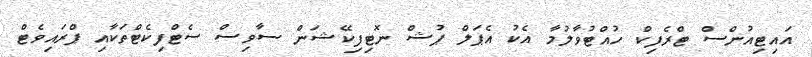
އައިޓިއުންސް ޓްރެފިކް ހުއްޓުވާލުމާ އެކު އެޕަލް ޕުޝް ނޮޓިފިކޭޝަން ސާވިސް ސެޓްފިކެޓްތަކާއި ޕްރައިވެޓް